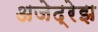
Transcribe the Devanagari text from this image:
अजेद्रेझ